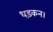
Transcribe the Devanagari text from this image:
धड़कन।